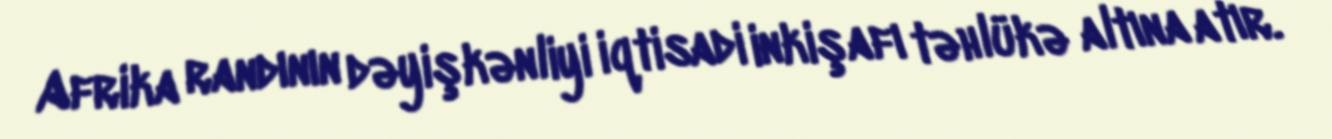
Afrika randının dəyişkənliyi iqtisadi inkişafı təhlükə altına atır.